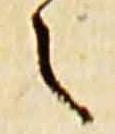
之